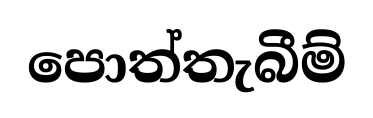
පොත්තැබීම්